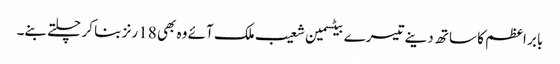
بابر اعظم کا ساتھ دینے تیسرے بیٹسمین شعیب ملک آئے وہ بھی 18 رنز بنا کر چلتے بنے۔